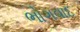
ભોગવાદ